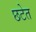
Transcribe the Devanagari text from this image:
छटेत